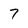
Character: 7